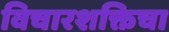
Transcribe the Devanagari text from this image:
विचारशक्तिचा